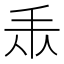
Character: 𢪐